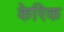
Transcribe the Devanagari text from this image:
केरिक